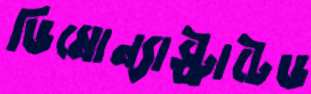
ডিমোন্যাস্ট্রাটেড